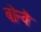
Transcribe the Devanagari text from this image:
बोन्वै